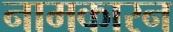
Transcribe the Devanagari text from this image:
नामकारन